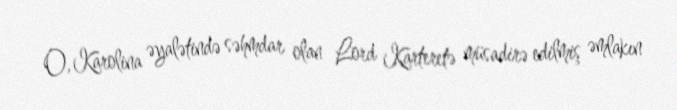
O, Karolina əyalətində səhmdar olan Lord Karteretə müsadirə edilmiş əmlakın